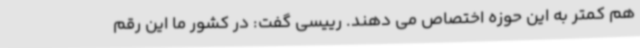
هم کمتر به این حوزه اختصاص می دهند. رییسی گفت: در کشور ما این رقم